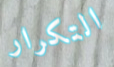
التكرار